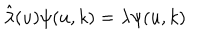
LaTeX: \hat { \lambda } ( u ) \psi ( u , k ) = \lambda \psi ( u , k )